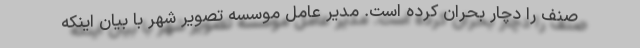
صنف را دچار بحران کرده است. مدیر عامل موسسه تصویر شهر با بیان اینکه